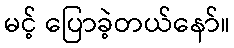
မင့် ပြောခဲ့တယ်နော်။